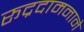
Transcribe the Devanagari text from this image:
रूद्रदामनाने